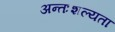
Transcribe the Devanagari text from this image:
अन्तःशल्यता